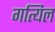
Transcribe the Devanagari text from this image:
गत्यिल